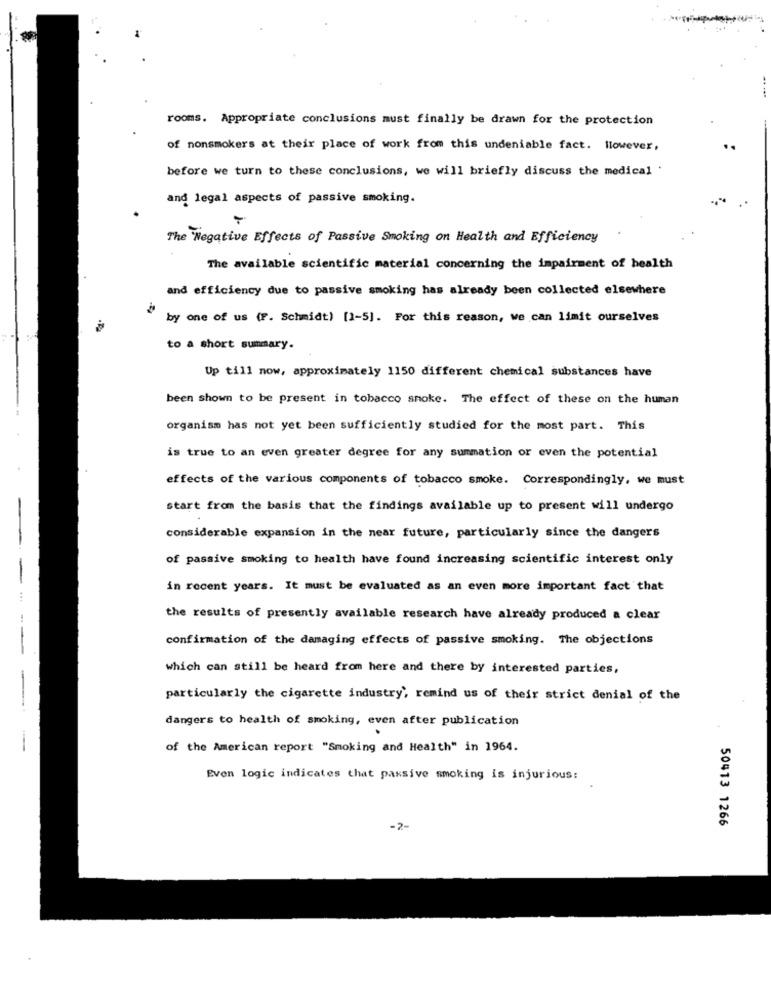
rooms. Appropriate conclusions must finally be drawn for the protection
of nonsmokers at their place of work from this undeniable fact. However,
before we turn to these conclusions, we will briefly discuss the medical .
and legal aspects of passive smoking.
The "Negative Effects of Passive Smoking on Health and Efficiency
The available scientific material concerning the impairment of health
and efficiency due to passive smoking has already been collected elsewhere
by one of us (F. Schmidt) [1-5]. For this reason, we can limit ourselves
to a short summary.
Up till now, approximately 1150 different chemical substances have
been shown to be present in tobacco smoke. The effect of these on the human
organism has not yet been sufficiently studied for the most part. This
is true to an even greater degree for any summation or even the potential
effects of the various components of tobacco smoke. Correspondingly, we must
start from the basis that the findings available up to present will undergo
considerable expansion in the near future, particularly since the dangers
of passive smoking to health have found increasing scientific interest only
in recent years. It must be evaluated as an even more important fact that
the results of presently available research have already produced a clear
confirmation of the damaging effects of passive smoking. The objections
-
which can still be heard from here and there by interested parties,
particularly the cigarette industry, remind us of their strict denial of the
dangers to health of smoking, even after publication
of the American report "Smoking and Health" in 1964.
Even logic indicates that passive smoking is injurious:
50413 1266
-2-